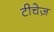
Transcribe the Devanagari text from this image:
टीचेज़